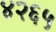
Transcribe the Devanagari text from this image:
४२६५